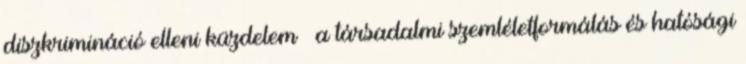
diszkrimináció elleni küzdelem – a társadalmi szemléletformálás és hatósági